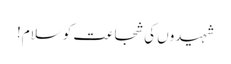
شہیدوں کی شجاعت کو سلام!